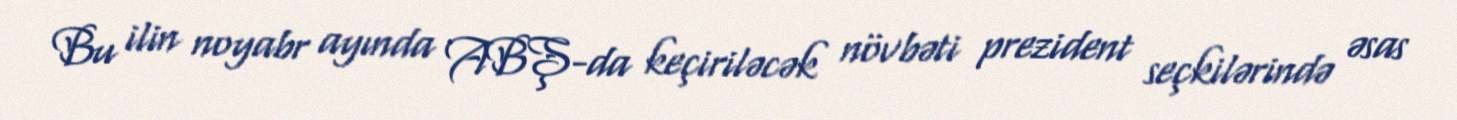
Bu ilin noyabr ayında ABŞ-da keçiriləcək növbəti prezident seçkilərində əsas